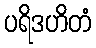
ပရိဒဟိတံ